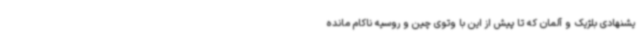
یشنهادی بلژیک و آلمان که تا پیش از این با وتوی چین و روسیه ناکام مانده